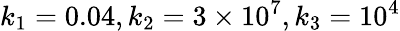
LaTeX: k_{1}=0.04,k_{2}=3\times 10^{7},k_{3}=10^{4}